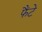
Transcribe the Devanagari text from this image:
फैंटे